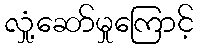
လှုံ့ဆော်မှုကြောင့်